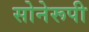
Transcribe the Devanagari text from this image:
सोनेरूपी